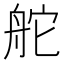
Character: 舵